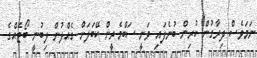
ނަމަވެސް ދިރާގުން ކުރިން ބުނެފައި ވަނީ ސަބްމެރީން ކޭބަލަށް ގެއްލުން ލިބުނީ ބޯޓެއްގެ